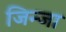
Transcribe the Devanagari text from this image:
जिन्जा